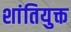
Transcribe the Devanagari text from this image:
शांतियुक्त